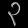
Digit: ၃